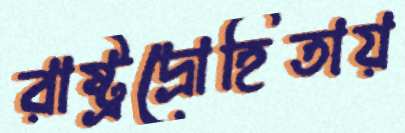
রাষ্ট্রদ্রোহিতায়